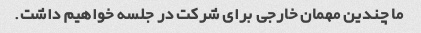
ما چندین مهمان خارجی برای شرکت در جلسه خواهیم داشت.